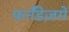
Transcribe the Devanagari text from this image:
फर्नॅंडेज़में